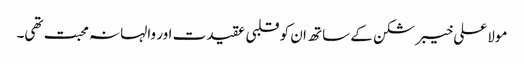
مولا علی خیبر شکن کے ساتھ ان کو قلبی عقیدت اور والہانہ محبت تھی۔